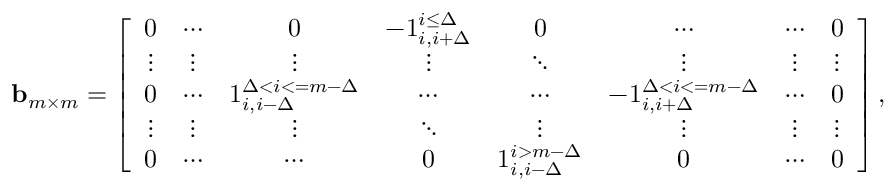
\begin{array} { r l } & { \mathbf { b } _ { m \times m } = \left[ \begin{array} { c c c c c c c c } { 0 } & { \cdots } & { 0 } & { - 1 _ { i , i + \Delta } ^ { i \leq \Delta } } & { 0 } & { \cdots } & { \cdots } & { 0 } \\ { \vdots } & { \vdots } & { \vdots } & { \vdots } & { \ddots } & { \vdots } & { \vdots } & { \vdots } \\ { 0 } & { \cdots } & { 1 _ { i , i - \Delta } ^ { \Delta < i < = m - \Delta } } & { \cdots } & { \cdots } & { - 1 _ { i , i + \Delta } ^ { \Delta < i < = m - \Delta } } & { \cdots } & { 0 } \\ { \vdots } & { \vdots } & { \vdots } & { \ddots } & { \vdots } & { \vdots } & { \vdots } & { \vdots } \\ { 0 } & { \cdots } & { \cdots } & { 0 } & { 1 _ { i , i - \Delta } ^ { i > m - \Delta } } & { 0 } & { \cdots } & { 0 } \end{array} \right] , } \end{array}